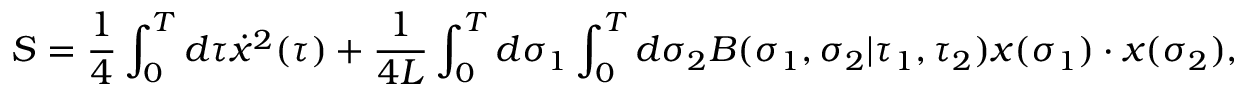
S = { \frac { 1 } { 4 } } \int _ { 0 } ^ { T } d \tau \dot { x } ^ { 2 } ( \tau ) + { \frac { 1 } { 4 L } } \int _ { 0 } ^ { T } d \sigma _ { 1 } \int _ { 0 } ^ { T } d \sigma _ { 2 } B ( \sigma _ { 1 } , \sigma _ { 2 } | \tau _ { 1 } , \tau _ { 2 } ) x ( \sigma _ { 1 } ) \cdot x ( \sigma _ { 2 } ) ,